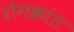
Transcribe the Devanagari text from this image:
रोगक्रांत